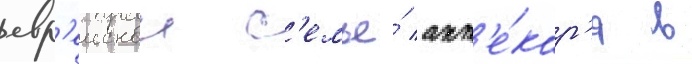
евр'еискои с'емье́ апт'е́кар'я в